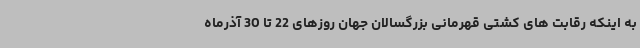
به اینکه رقابت های کشتی قهرمانی بزرگسالان جهان روزهای 22 تا 30 آذرماه